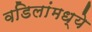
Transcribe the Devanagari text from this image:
वडिलांमध्ये